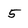
Character: 5